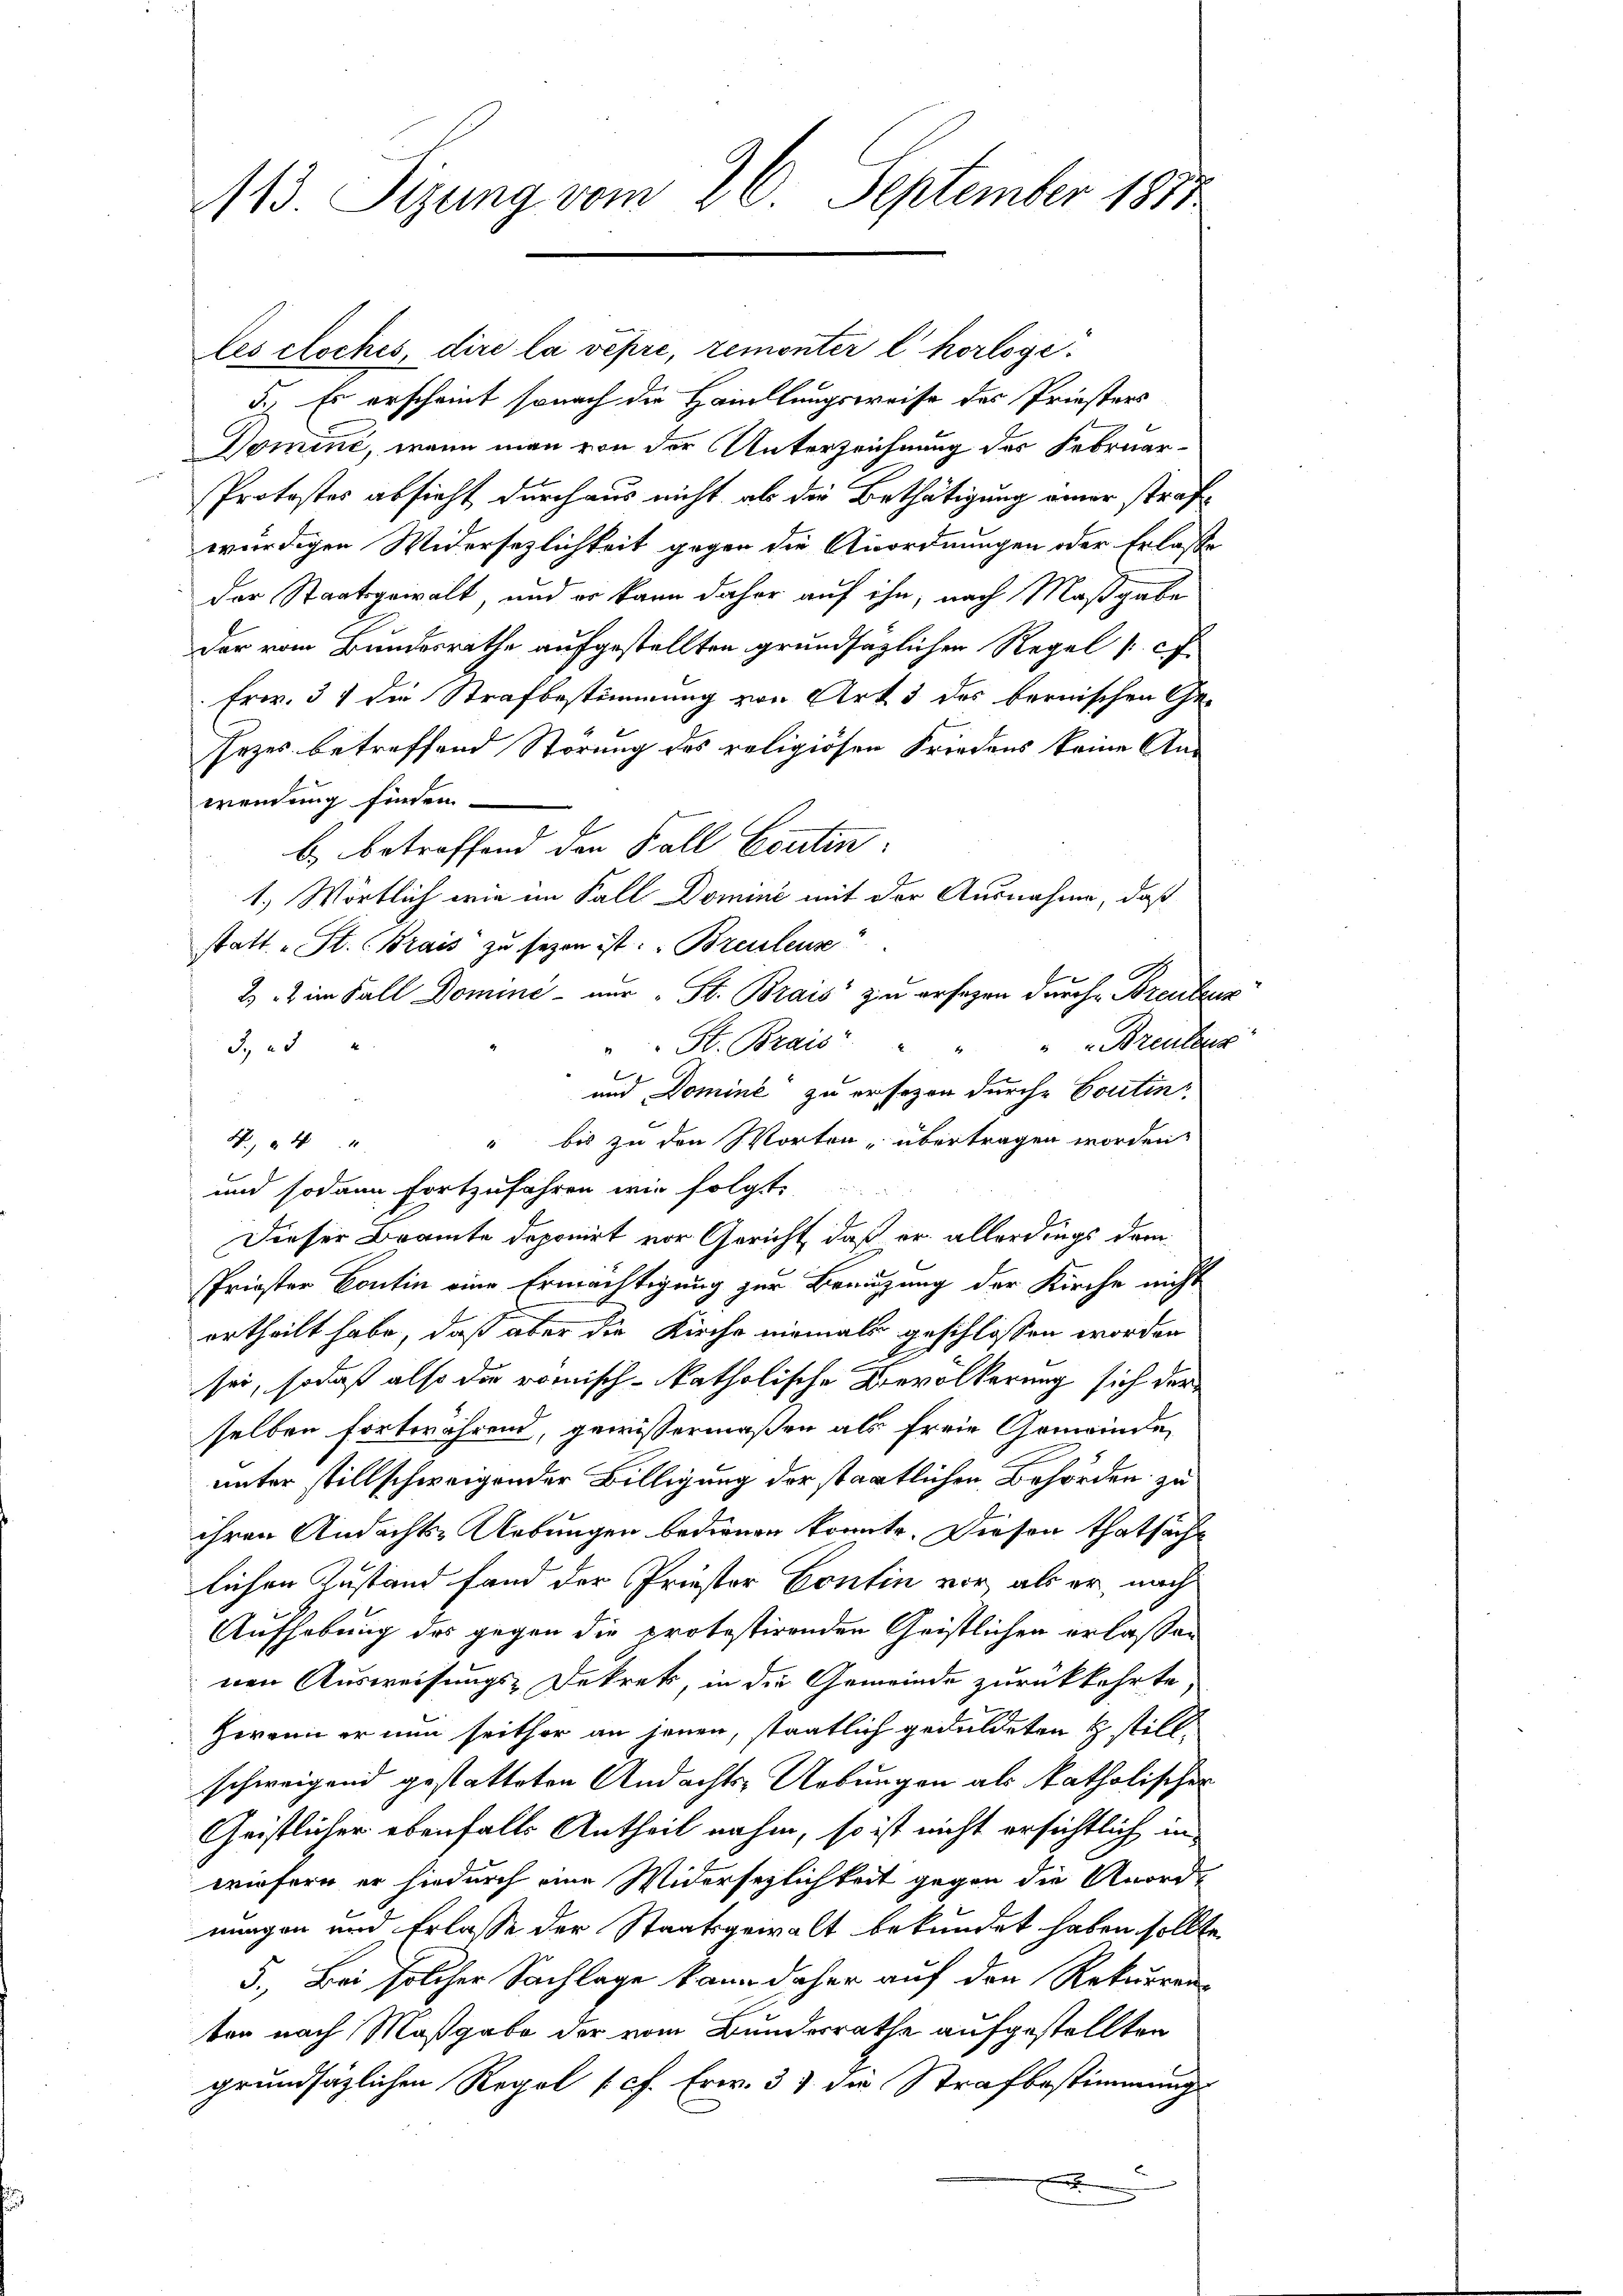
113. Sizung vom 26. September 1817.

les cloches, dire la vépre, remonter l. horloge¬
5., Es erscheint sonach die Handlungsweise des Priesters
Domine, wenn man von der Unterzeichnung des Februar¬
Prokostes absicht durchaus nicht als die Bethätigung einer strafwürdigen Widersezlichkeit gegen die Anordnungen oder Erlasse
der Staatsgewalt, und er kann daher auf ihn, nach Maßgabe
der vom Bundesrathe aufgestellten grundsätzlicher Regel (cf.
Fr. 31 die Strafbestimmung von Art 3 des bernischen Ge-
sezes betreffend Störung des religiösen Friedens keine Anwendung finden
b. betreffend den Fall Contin
1.) Wörtlich wie im Fall Domini mit der Ausnahme, daß
statt St. (Brais zu sezen ist. Breitens:
22 im Fall Domine nur St. Brais zu ersagen durch Breitens
Breuteur
3. 25 "
St. Brais
und Domine zu ersezen durche Contin
“ bis zu den Worten, übertragen worden.
N.4
und sodann fortzufahren wir folgt.
Dieser Beamte deponirt vor Gericht, daß er allerdings dem
Prioster Contin eine Ermächtigung zur Benuzung der Kirche nicht
ertheilt habe, daß aber die Kirche niemals geschlossen worden
sei, sodaß also die römisch-katholische Bevölkerung sich der
selben fortwährend, gewissermaßen als freie Gemeinde
unter stillschweigender Billigung der staatlichen Behörden zu
ihren Andachts-Uebungen bedienen konnte. Diesen thatsächlichen Zustand fand der Priester Contin vor als er nach
Aufhebung des gegen die protestirenden Geistlichen erlassen
nen Ausweisungs-Dekrets, in die Gemeinde zurückkehrte
Hwann er nun seithor an jenen, staatlich geduldeten H stillschweigend gestatteten Andachts-Uebungen als katholischer
Geistlicher ebenfalls Antheil nahm, so ist nicht ersichtlich in
wiefern er hiedurch eine Widersezlichkeit gegen die Anordmungen und Erlasse der Staatsgewalt bekundet haben sollte,
5., Bei solcher Sachlage kann daher auf den Rekurren-
ten nach Maßgabe der vom Bundesrathe aufgestellten
grundsätzlichen Regel (cf. Erw. 37 die Strafbestimmungs

e